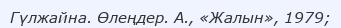
Гүлжайна. Өлеңдер. А., «Жалын», 1979;